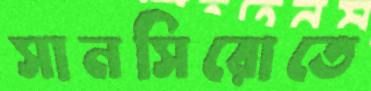
সানসিরোতে